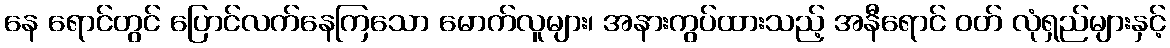
နေ ရောင်တွင် ပြောင်လက်နေကြသော မောက်လူများ၊ အနားကွပ်ထားသည့် အနီရောင် ဝတ် လုံရှည်များနှင့်